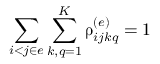
\sum _ { i < j \in e } \sum _ { k , q = 1 } ^ { K } \uprho _ { i j k q } ^ { ( e ) } = 1